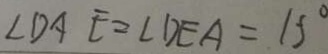
\angle D A E = \angle D E A = 1 5 ^ { \circ }